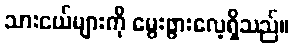
သားငယ်များကို မွေးဖွားလေ့ရှိသည်။